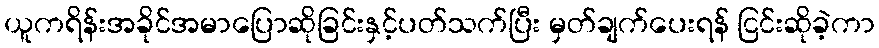
ယူကရိန်းအခိုင်အမာပြောဆိုခြင်းနှင့်ပတ်သက်ပြီး မှတ်ချက်ပေးရန် ငြင်းဆိုခဲ့ကာ